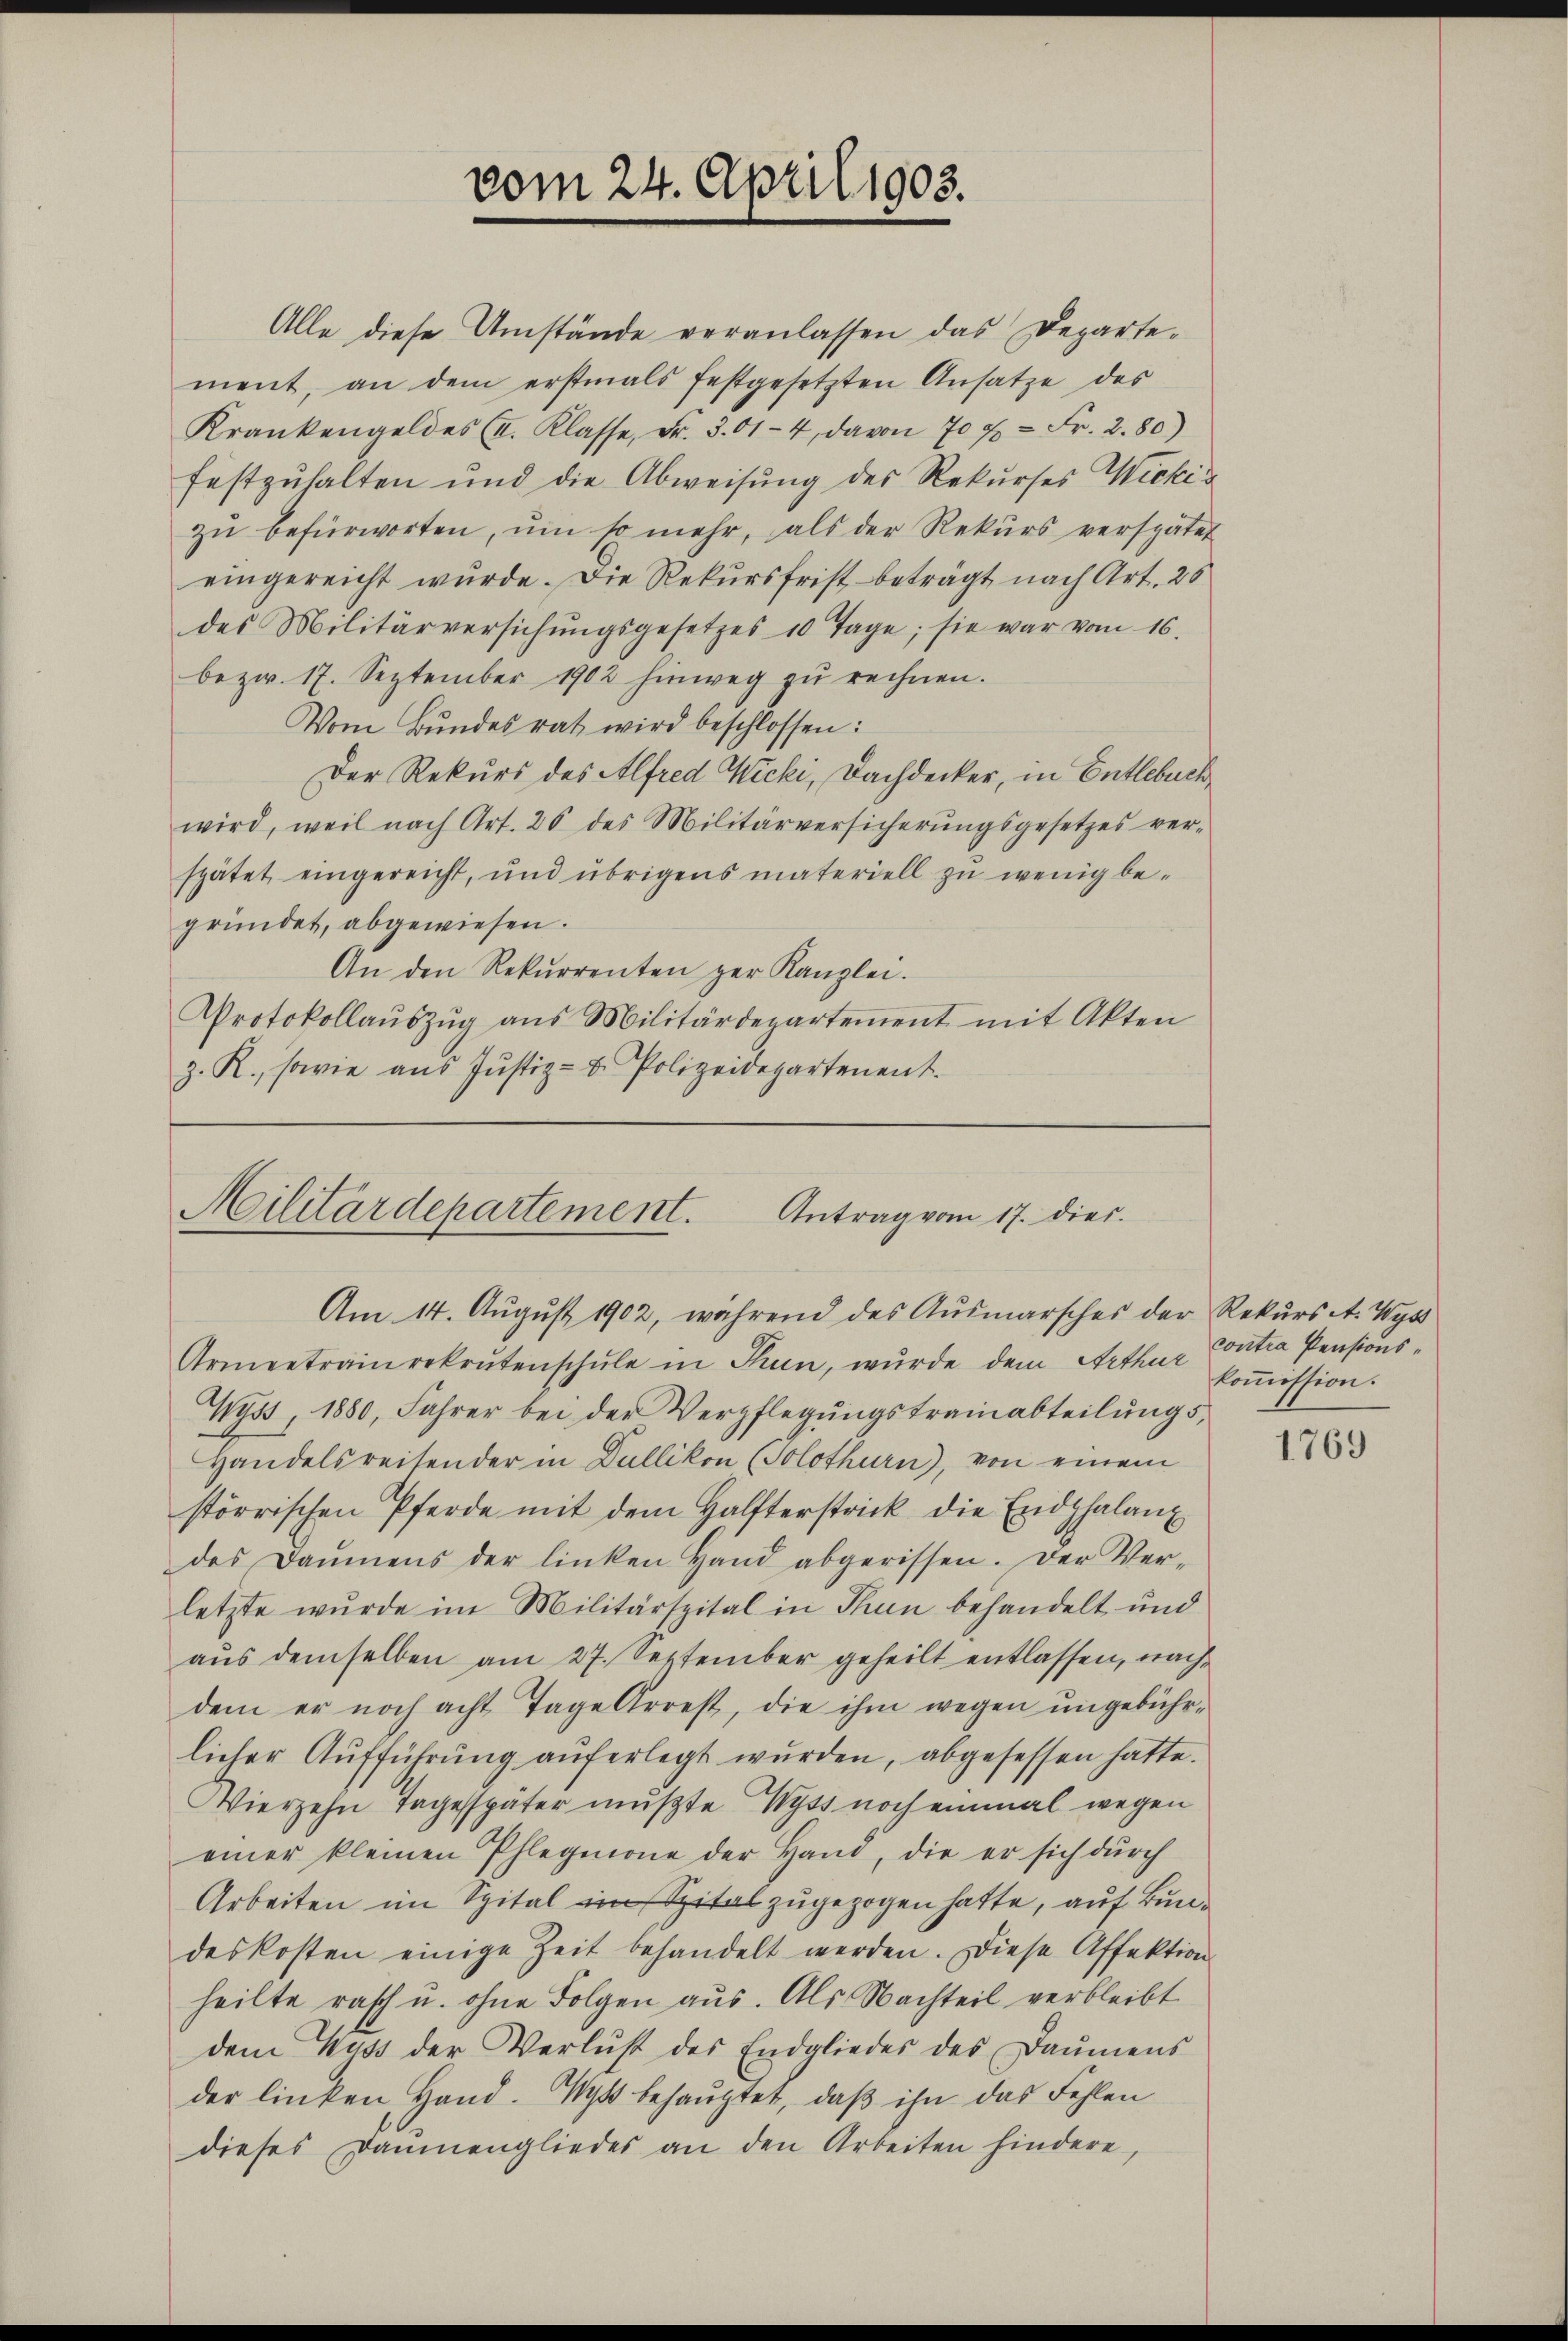
vom 24. April 1903.

Alle diese Umstände veranlassen das Departement, an dem erstmals festgesetzten Ansatze des
Krankengeldes (I. Klasse, Fr. 3.01-4 davon 70 f. - Fr. 2. 80)
festzuhalten und die Abweisung des Rekurses Wicki
zŭ befürworten, um so mehr, als der Rekŭrs verspätet
eingereicht wurde. Die Rekursfrist beträgt nach Art. 26
des Militärversichŭngsgesetzes 10 Tage; sie war vom 16.
bezw. 17. September 1902 hinweg zŭ rechnen.
Vom Bundesrat wird beschlossen:
Der Rekurs des Alfred Wicki, Dachdecker, in Entlebuch
wird, weil nach Art. 26 des Militärversicherŭngsgesetzes ver-
spätet, eingereicht, und übrigens materiell zu wenig begründet, abgewiesen.
An den Rekŭrrenten ger Kanzlei.
Protokollaŭszŭg ans Militärdepartement mit Akten
z. R., sowie aŭs Jŭstiz- u. Polizeidepartement.

Militärdepartement.
Antrag vom 17. dies
Am 14. August 1902, während des Ausmarsches der Rekurs et. Wys

Armentrairekrutenschŭle in Thun, wurde dem Arthur koṁission
Wyss, 1880, Fahrer bei der Verpflegŭngstraiabteilŭngs,
Handelsreisender in Dullikon (Solothurn), von einem
störrischen Pferde mit dem Halfterstrick die Endphalant
des Baŭmens der linken Hand abgerissen. Der Ver-
letzte wurde im Militärspital in Thun behandelt und
aŭs demselben am 27. September geheilt entlassen, nachdem er noch acht Tage Arrest, die ihm wegen ŭngebühr-
licher Aufführung auferlegt wurden, abgesessen hatte.
Vierzehn Tagesspäter mußte Wyss noch einmal wegen
einer kleinen Pflegmone der Hand, die er sich dŭrch
Arbeiten im Spital im Spital zugezogen hatte, auf Bundeskosten einige Zeit behandelt werden. Diese Affektion
heilte rasch u. ohne Folgen aus. Als Nachteil verbleibt
dem Kuss der Verlust des Endgliedes des Daumens
der linken, Hand. Wyss behauptet, daß ihn das Fehlen
dieses Baŭmengliedes an den Arbeiten hindere,

contra Pensions¬

1769